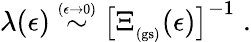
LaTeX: \lambda(\epsilon)\stackrel{\scriptscriptstyle(\epsilon\rightarrow 0)}{\sim}\left[\Xi_{_\mathrm{(gs)}}(\epsilon)\right]^{-1}\; .